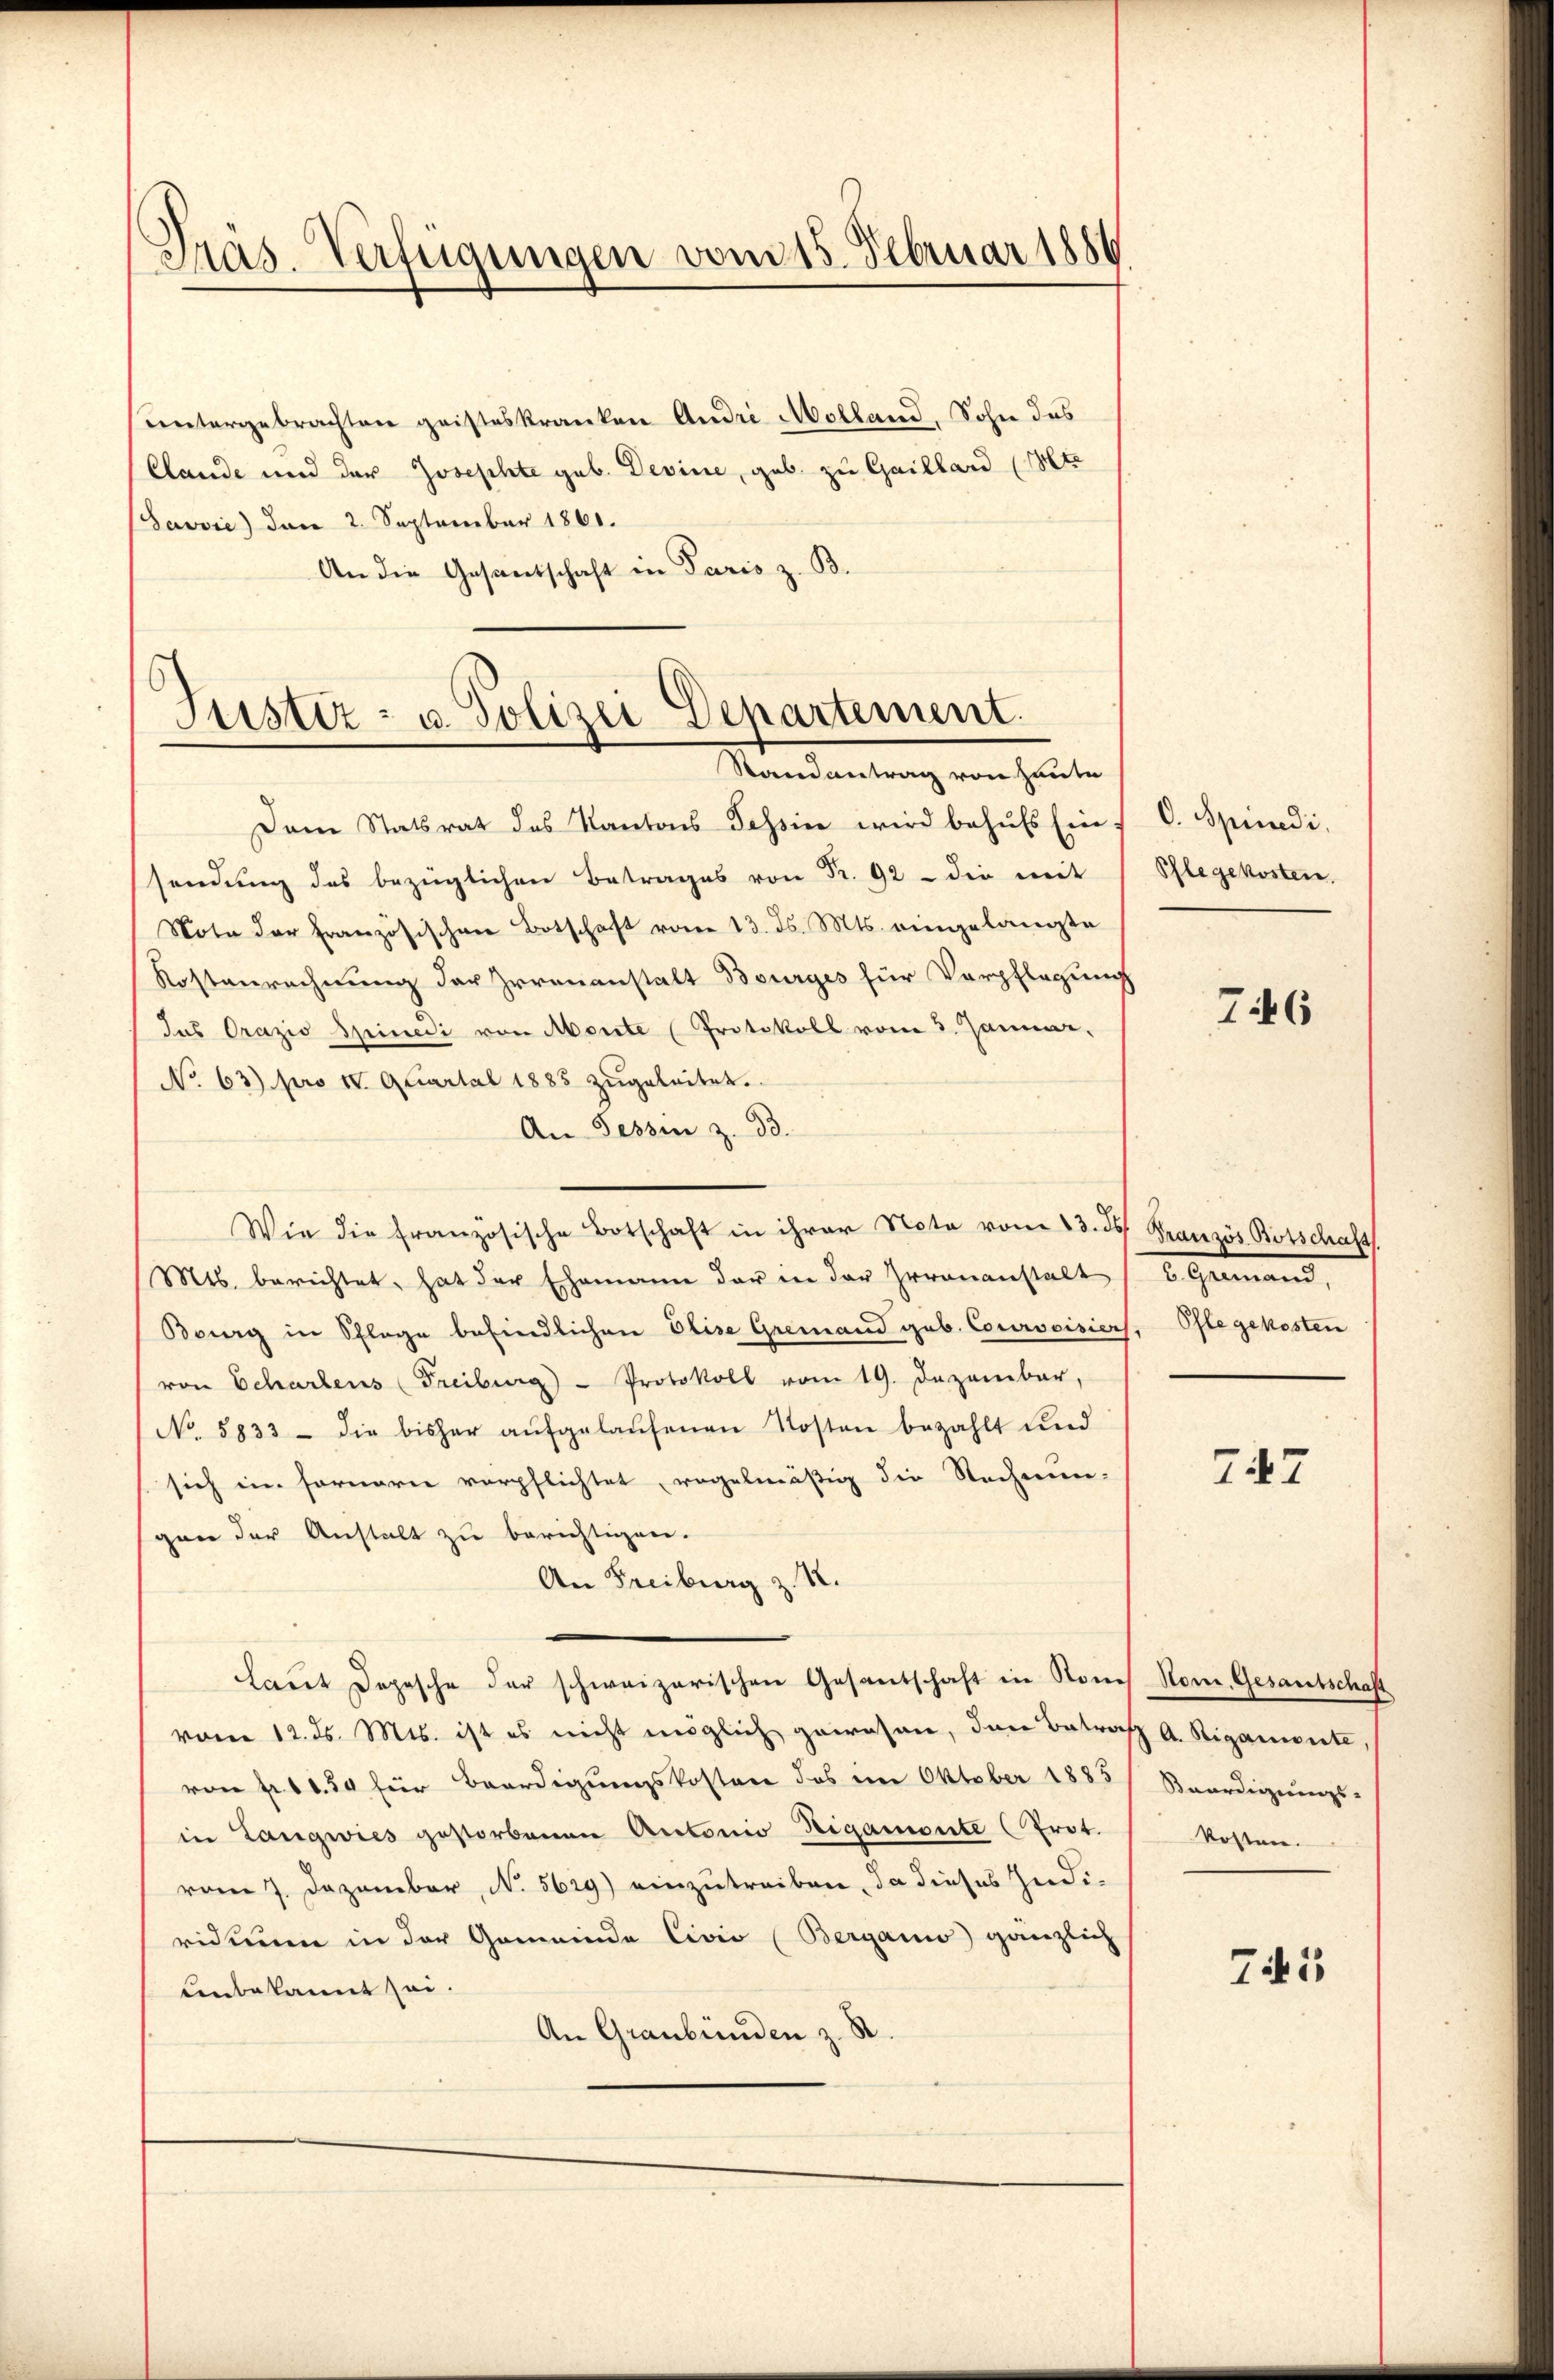
Präs. Verfügungen vom 15. Februar 1886

untergebrachten geisteskranken Andre Molland, Sohn das
Claude und der Josephte geb. Devine, gab zu Gaillard (Mt.
Savvie) den 2. September 1861.
An die Gesantschaft in Paris z. B.

Justiz- u. Polizei Departement.
Mandantung von heute

Dem Statsrat des Kantons Tessin wird behufs Ein-
sendŭng des bezüglichen Betrages von Fr. 92 die mit
Nota der französischen Botschaft vom 13. ds. Mts. eingelangte
Kostenrechnung der Irrenanstalt Bourges für Verpflegung
Jus Orazio Spinedi von Mente (Protokoll vom 5. Januar,
No 63) pro II. Quartal 1885 zŭgeleitet.
An Tessin z. 33.
Wie die französische Botschaft in ihrer Note vom 13. ds Kranzis Botschaft
Mts. berichtet, hat der Ehemann der in der Grananstalt
Bourg in Schlage befindlichen Elise Gremand geb. Courvoisiers, Pflegekosten
von Schartens (Freiburg - Protokoll vom 19. Dezember,
No. 5833 - die bisher aŭfgelaŭfenen Kosten bezahlt und
sich im Fornern verpflichtet, regelmäßig die Rechnun-
gan der Anstalt zu berichtigen.
An Freiburg z. R.
haut Depesche der schweizerischen Gesantschaft in Rones Rom. Gesantschaft
vom 12. ds. Mts. ist es nicht möglich gewesen, den Betraf A. Rigamente,
von fr. 1130 für Beerdigungskosten das im Oktober 1885/ Beerdingungs-
in Langwies gestorbenen Antonio Rigamonte (Prot. / kosten.
vom 7. Dezember, No. 5629) einzutreiben, da dieses Indi-
vidium in der Gemeinde Civio (Berganis) gänzlich
uenbekannt sei.
An Graubünden z. S.

. Spindi
Pflegekosten.

746

b. Germann,

747

741